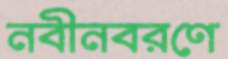
নবীনবরণে